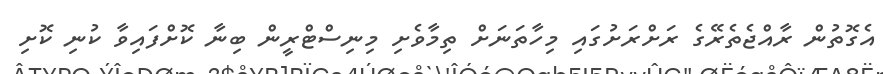
އެގޮތުން ރާއްޖެތެރޭގެ ރަށްރަށުގައި މިހާތަނަށް ތިމާވެށި މިނިސްޓްރީން ބިނާ ކޮށްފައިވާ ކުނި ކޮށި